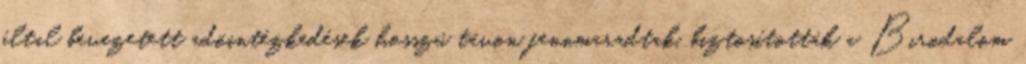
által bevezetett adóintézkedések hosszú távon fennmaradtak, biztosították a Birodalom